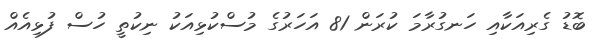
ބޮޑު ގެރިއަކާއި ހަނގުރާމަ ކުރަން 81 އަހަރުގެ މުސްކުޅިއަކު ނިކުތީ ހުސް ފުޅިއެއް